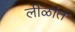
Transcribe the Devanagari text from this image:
लीळांत